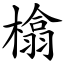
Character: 㯓